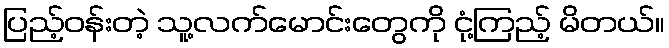
ပြည့်ဝန်းတဲ့ သူ့လက်မောင်းတွေကို ငုံ့ကြည့် မိတယ်။